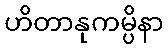
ဟိတာနုကမ္ပိနာ